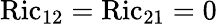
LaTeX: \operatorname{Ric}_{12}=\operatorname{Ric}_{21}=0